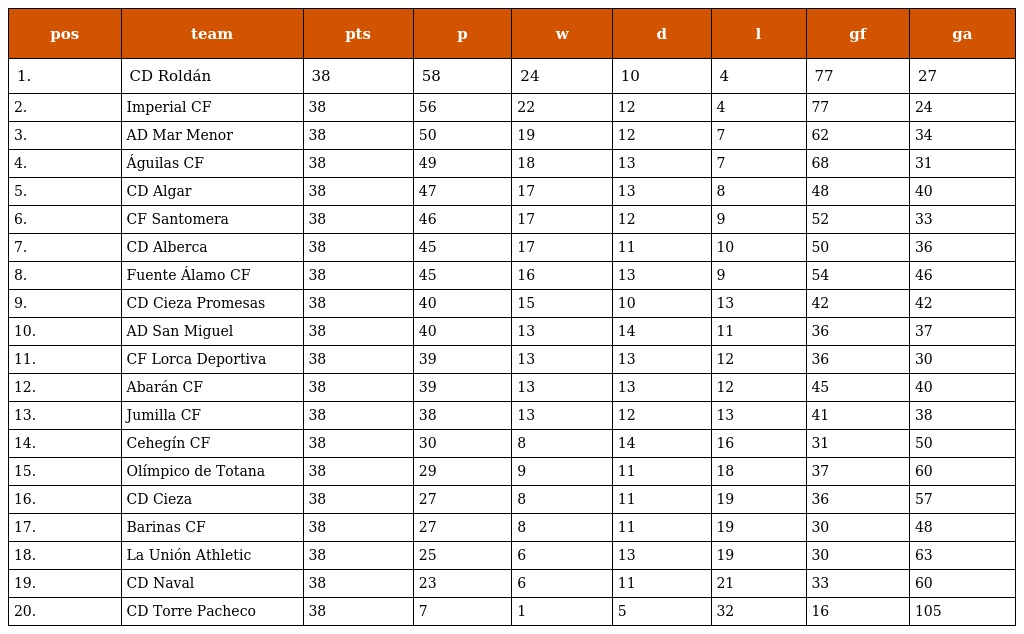
| pos | team | pts | p | w | d | l | gf | ga |
 | --- | --- | --- | --- | --- | --- | --- | --- | --- |
 | 1. | CD Roldán | 38 | 58 | 24 | 10 | 4 | 77 | 27 |
 | 2. | Imperial CF | 38 | 56 | 22 | 12 | 4 | 77 | 24 |
 | 3. | AD Mar Menor | 38 | 50 | 19 | 12 | 7 | 62 | 34 |
 | 4. | Águilas CF | 38 | 49 | 18 | 13 | 7 | 68 | 31 |
 | 5. | CD Algar | 38 | 47 | 17 | 13 | 8 | 48 | 40 |
 | 6. | CF Santomera | 38 | 46 | 17 | 12 | 9 | 52 | 33 |
 | 7. | CD Alberca | 38 | 45 | 17 | 11 | 10 | 50 | 36 |
 | 8. | Fuente Álamo CF | 38 | 45 | 16 | 13 | 9 | 54 | 46 |
 | 9. | CD Cieza Promesas | 38 | 40 | 15 | 10 | 13 | 42 | 42 |
 | 10. | AD San Miguel | 38 | 40 | 13 | 14 | 11 | 36 | 37 |
 | 11. | CF Lorca Deportiva | 38 | 39 | 13 | 13 | 12 | 36 | 30 |
 | 12. | Abarán CF | 38 | 39 | 13 | 13 | 12 | 45 | 40 |
 | 13. | Jumilla CF | 38 | 38 | 13 | 12 | 13 | 41 | 38 |
 | 14. | Cehegín CF | 38 | 30 | 8 | 14 | 16 | 31 | 50 |
 | 15. | Olímpico de Totana | 38 | 29 | 9 | 11 | 18 | 37 | 60 |
 | 16. | CD Cieza | 38 | 27 | 8 | 11 | 19 | 36 | 57 |
 | 17. | Barinas CF | 38 | 27 | 8 | 11 | 19 | 30 | 48 |
 | 18. | La Unión Athletic | 38 | 25 | 6 | 13 | 19 | 30 | 63 |
 | 19. | CD Naval | 38 | 23 | 6 | 11 | 21 | 33 | 60 |
 | 20. | CD Torre Pacheco | 38 | 7 | 1 | 5 | 32 | 16 | 105 |